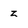
Character: z